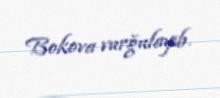
Bokova vurğulayıb.